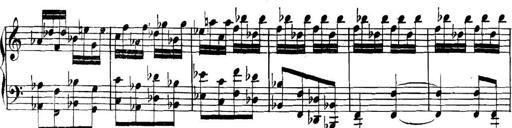
Title: Collected Piano Sonatas
Composer: Muzio Clementi